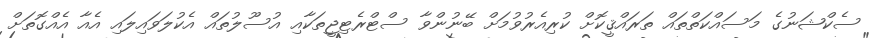
ސެކްޝަނުގެ މަސައްކަތްތައް ތަރައްޤީކޮށް ކުރިއެރުވުމަށް ބޭނުންވާ ސްޓްރެޓިޖީތަކާއި އުސޫލުތައް އެކުލަވައިލައި އެއާ އެއްގޮތަށް